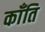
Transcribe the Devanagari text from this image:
काँति